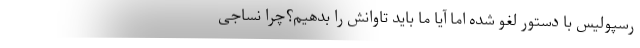
رسپولیس با دستور لغو شده اما آیا ما باید تاوانش را بدهیم؟چرا نساجی